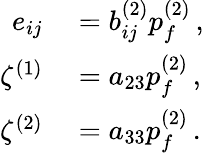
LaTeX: \begin{array}{rl}{e_{ij}}&{{}=b_{ij}^{(2)}p_{f}^{(2)}\, ,}\\ {\zeta^{(1)}}&{{}=a_{23}p_{f}^{(2)}\, ,}\\ {\zeta^{(2)}}&{{}=a_{33}p_{f}^{(2)}\, .}\end{array}